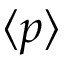
\langle p \rangle